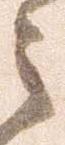
々